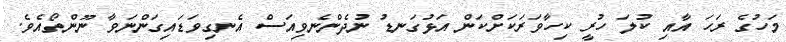
މަހުގެ ރަހަ އާއި ކުލަ ހުރީ ކިހާވަރަކަށްކަން އަޅުގަނޑު ނުދެންނެވިއަސް އެނގިވަޑައިގަންނަވާ ނޫންތޯއެވެ.